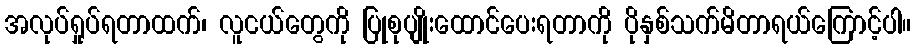
အလုပ်ရှုပ်ရတာထက်၊ လူငယ်တွေကို ပြုစုပျိုးထောင်ပေးရတာကို ပိုနှစ်သက်မိတာရယ်ကြောင့်ပါ။